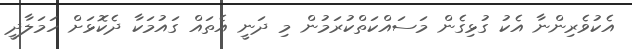
އެކުވެރިންނާ އެކު ގުޅިގެން މަސައްކަތްކުރަމުން މި ދަނީ އެތައް ގައުމަކާ ދެކޮޅަށް ހަމަލާދީ